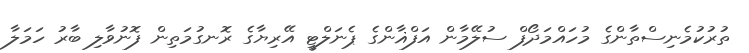
ތުރުކުމެނިސްތާންގެ މުހައްމަދޯފް ސުލޭމާން އަފްޣާންގެ ޕެނަލްޓީ އޭރިޔާގެ ރޮނގުމަތިން ފޮނުވާލި ބާރު ހަމަލާ